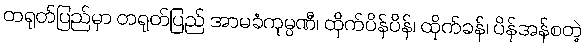
တရုတ်ပြည်မှာ တရုတ်ပြည် အာမခံကုမ္ပဏီ၊ ထိုက်ပိန်ပိန်၊ ထိုက်ခန်၊ ပိန်အန်စတဲ့